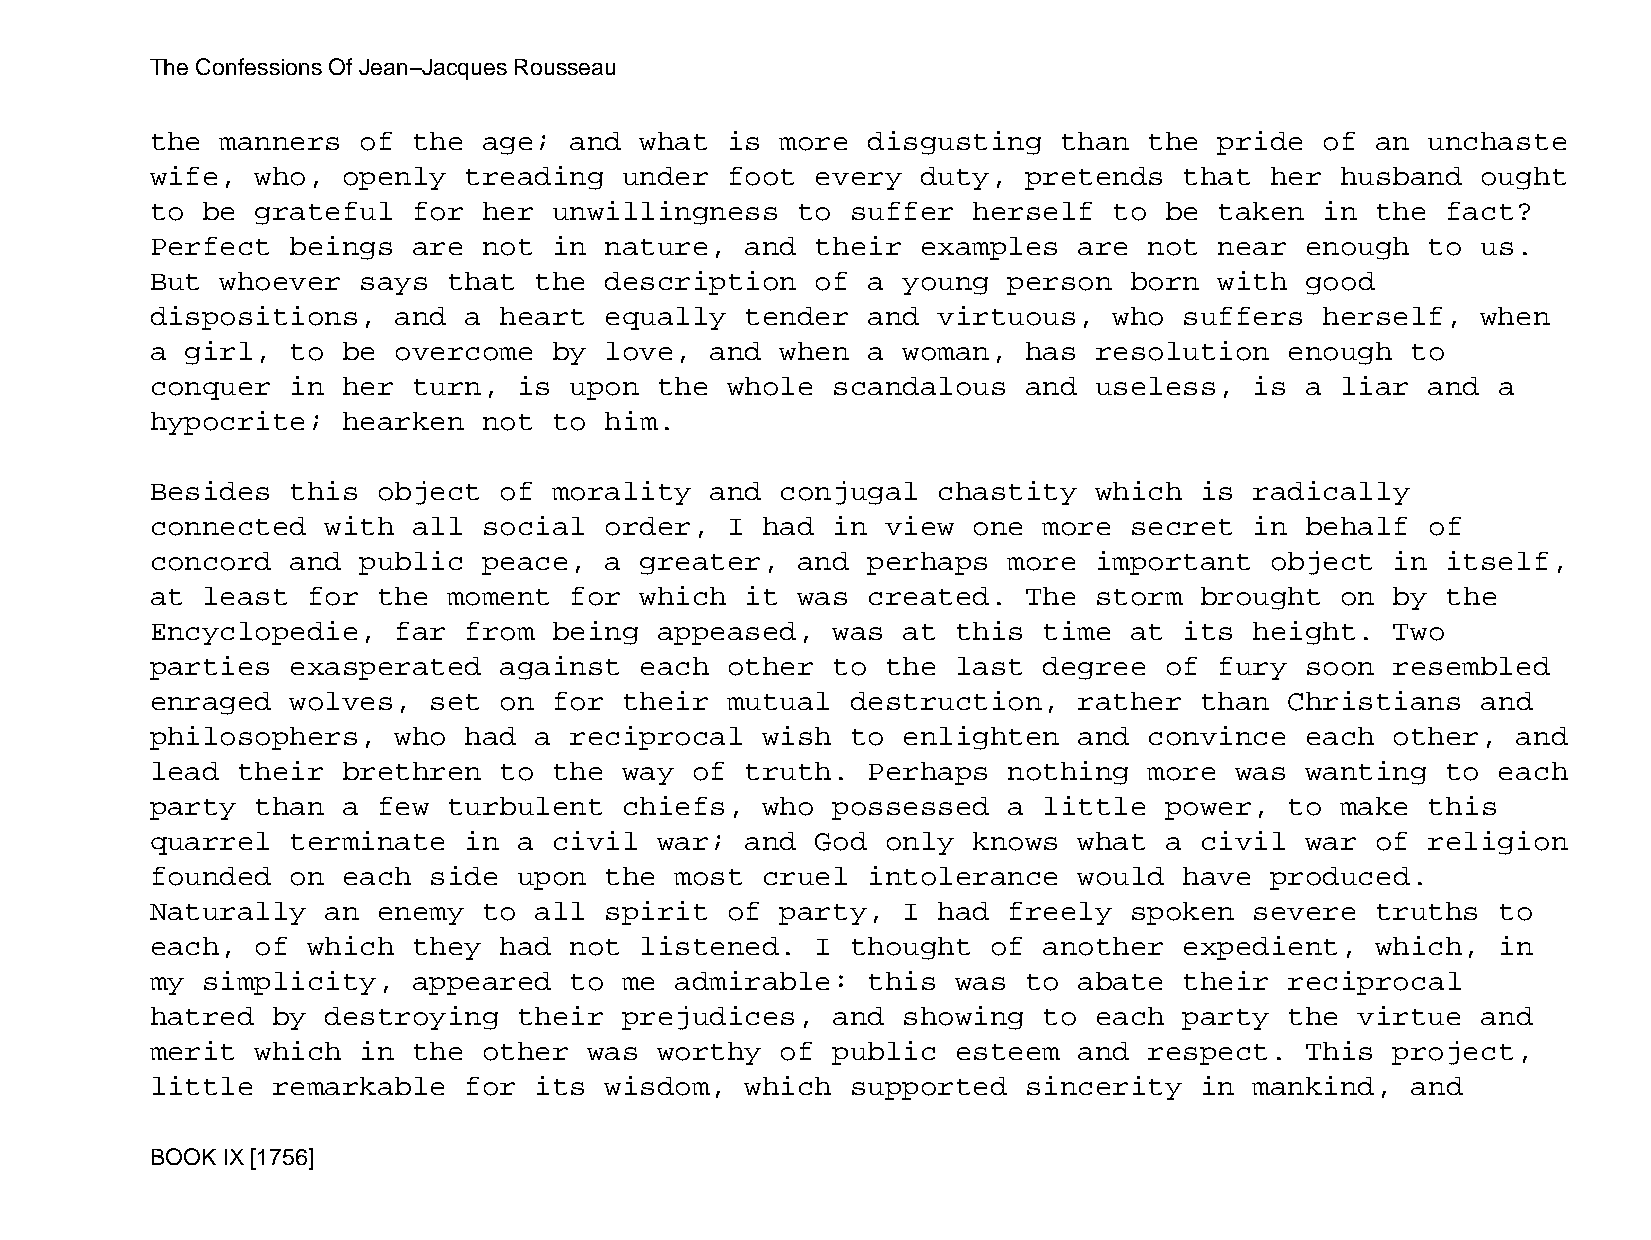
The Confessions Of Jean−Jacques Rousseau
 the  manners  of the  age;  and what  is  more disgusting   than  the  pride  of an  unchaste
 wife,  who,  openly  treading  under  foot  every  duty,  pretends  that  her  husband  ought
 to be  grateful  for  her  unwillingness   to suffer  herself   to be  taken  in the  fact?
 Perfect  beings  are  not  in nature,  and  their  examples  are  not  near enough   to us.
 But  whoever  says  that the  description   of a  young  person  born  with good
 dispositions,   and  a heart  equally  tender  and  virtuous,   who suffers   herself,  when
 a girl,  to  be overcome   by love,  and  when a  woman,  has resolution   enough  to
 conquer  in  her turn,  is  upon  the whole  scandalous   and useless,   is a  liar  and a
 hypocrite;   hearken  not  to him.
 Besides  this  object  of  morality  and  conjugal  chastity  which  is  radically
 connected   with all  social  order,  I had  in  view one  more  secret  in behalf   of
 concord  and  public  peace,  a greater,   and perhaps   more important   object  in  itself,
 at least  for  the  moment  for which  it  was created.   The storm  brought   on by  the
 Encyclopedie,   far  from  being  appeased,  was  at this  time  at its  height.  Two
 parties  exasperated   against  each  other  to  the last  degree  of  fury soon  resembled
 enraged  wolves,  set  on  for their  mutual  destruction,   rather  than  Christians   and
 philosophers,   who  had a  reciprocal  wish  to  enlighten  and  convince  each  other,  and
 lead  their  brethren  to  the way  of truth.  Perhaps   nothing  more  was wanting   to each
 party  than  a few  turbulent  chiefs,  who  possessed   a little  power,  to  make  this
 quarrel  terminate   in a  civil  war; and  God  only knows  what  a civil  war  of  religion
 founded  on  each side  upon  the  most cruel  intolerance   would  have  produced.
 Naturally   an enemy  to all  spirit  of  party,  I had  freely  spoken  severe  truths  to
 each,  of which  they  had  not listened.   I thought   of another  expedient,   which,  in
 my simplicity,   appeared   to me  admirable:  this  was  to abate  their  reciprocal
 hatred  by  destroying  their  prejudices,   and  showing  to each  party  the  virtue  and
 merit  which  in the  other  was  worthy  of public  esteem  and  respect.  This  project,
 little  remarkable   for its  wisdom,  which  supported   sincerity  in  mankind,  and
 BOOK IX [1756]